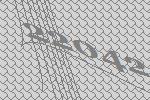
22042